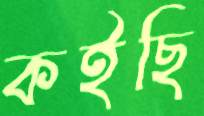
কইছি